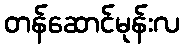
တန်ဆောင်မုန်းလ